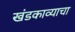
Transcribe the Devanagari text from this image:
खंडकाव्याचा